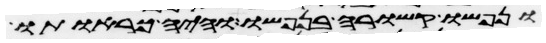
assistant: ונפשו קשורה בנפשו והיה כראותו